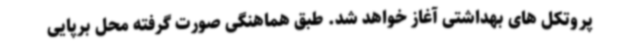
پروتکل های بهداشتی آغاز خواهد شد. طبق هماهنگی صورت گرفته محل برپایی